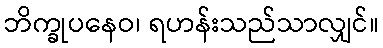
ဘိက္ခုပနေဝ၊ ရဟန်းသည်သာလျှင်။